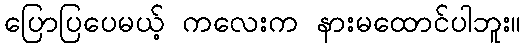
ပြောပြပေမယ့် ကလေးက နားမထောင်ပါဘူး။